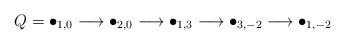
LaTeX: \begin{align*}Q=\bullet_{1,0}\longrightarrow\bullet_{2,0}\longrightarrow\bullet_{1,3}\longrightarrow\bullet_{3,-2}\longrightarrow\bullet_{1,-2}\end{align*}